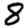
Digit: 8